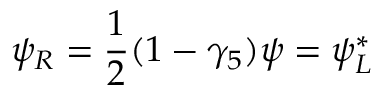
\psi _ { R } = \frac { 1 } { 2 } ( 1 - \gamma _ { 5 } ) \psi = \psi _ { L } ^ { * }